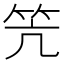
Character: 笐